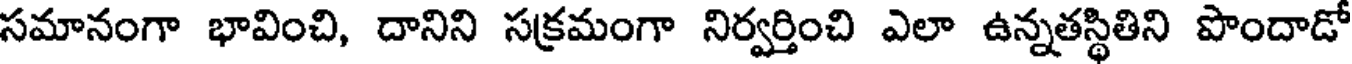
సమానంగా భావించి, దానిని సక్రమంగా నిర్వర్తించి ఎలా ఉన్నతస్థితిని పొందాడో